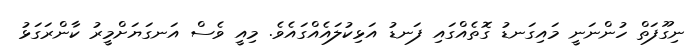
ނިގޫފަތް ހުންނަނީ މައިގަނޑު ގޮތެއްގައި ފަނޑު އަޅިކުލައެއްގައެވެ. މިއީ ވެސް އަނގަޔަށްމީރު ކާންރަގަޅު